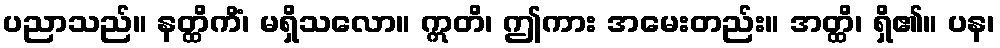
ပညာသည်။ နတ္ထိကိံ၊ မရှိသလော။ ဣတိ၊ ဤကား အမေးတည်း။ အတ္ထိ၊ ရှိ၏။ ပန၊